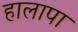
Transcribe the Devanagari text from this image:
हालापा